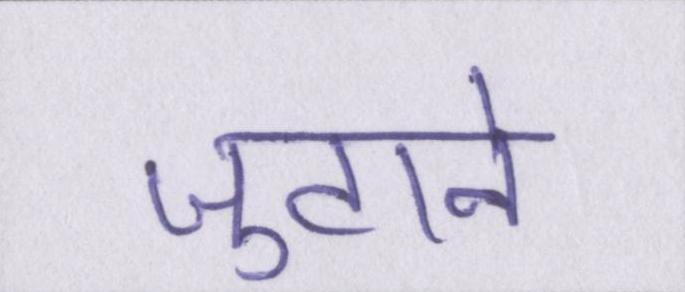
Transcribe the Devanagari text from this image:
जुटाने